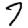
Digit: 7